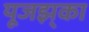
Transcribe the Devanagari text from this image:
यूजझ्‌का